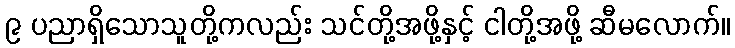
၉ ပညာရှိသောသူတို့ကလည်း သင်တို့အဖို့နှင့် ငါတို့အဖို့ ဆီမလောက်။